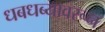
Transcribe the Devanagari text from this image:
धबधब्यावरून